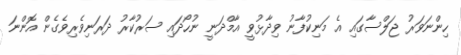
ހިންނަވަރު ޖަލްސާގައި އެ މަނިކުފާނު ވިދާޅުވީ އާމްދަނީ ނުހޯދައި ސަރުކާރު ދަރަނިވެރިވެގެން އޮންނަ